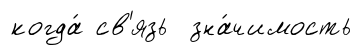
когда́ св'язь зна́чимость